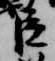
臣